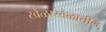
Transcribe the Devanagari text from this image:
खेळाखेळातील